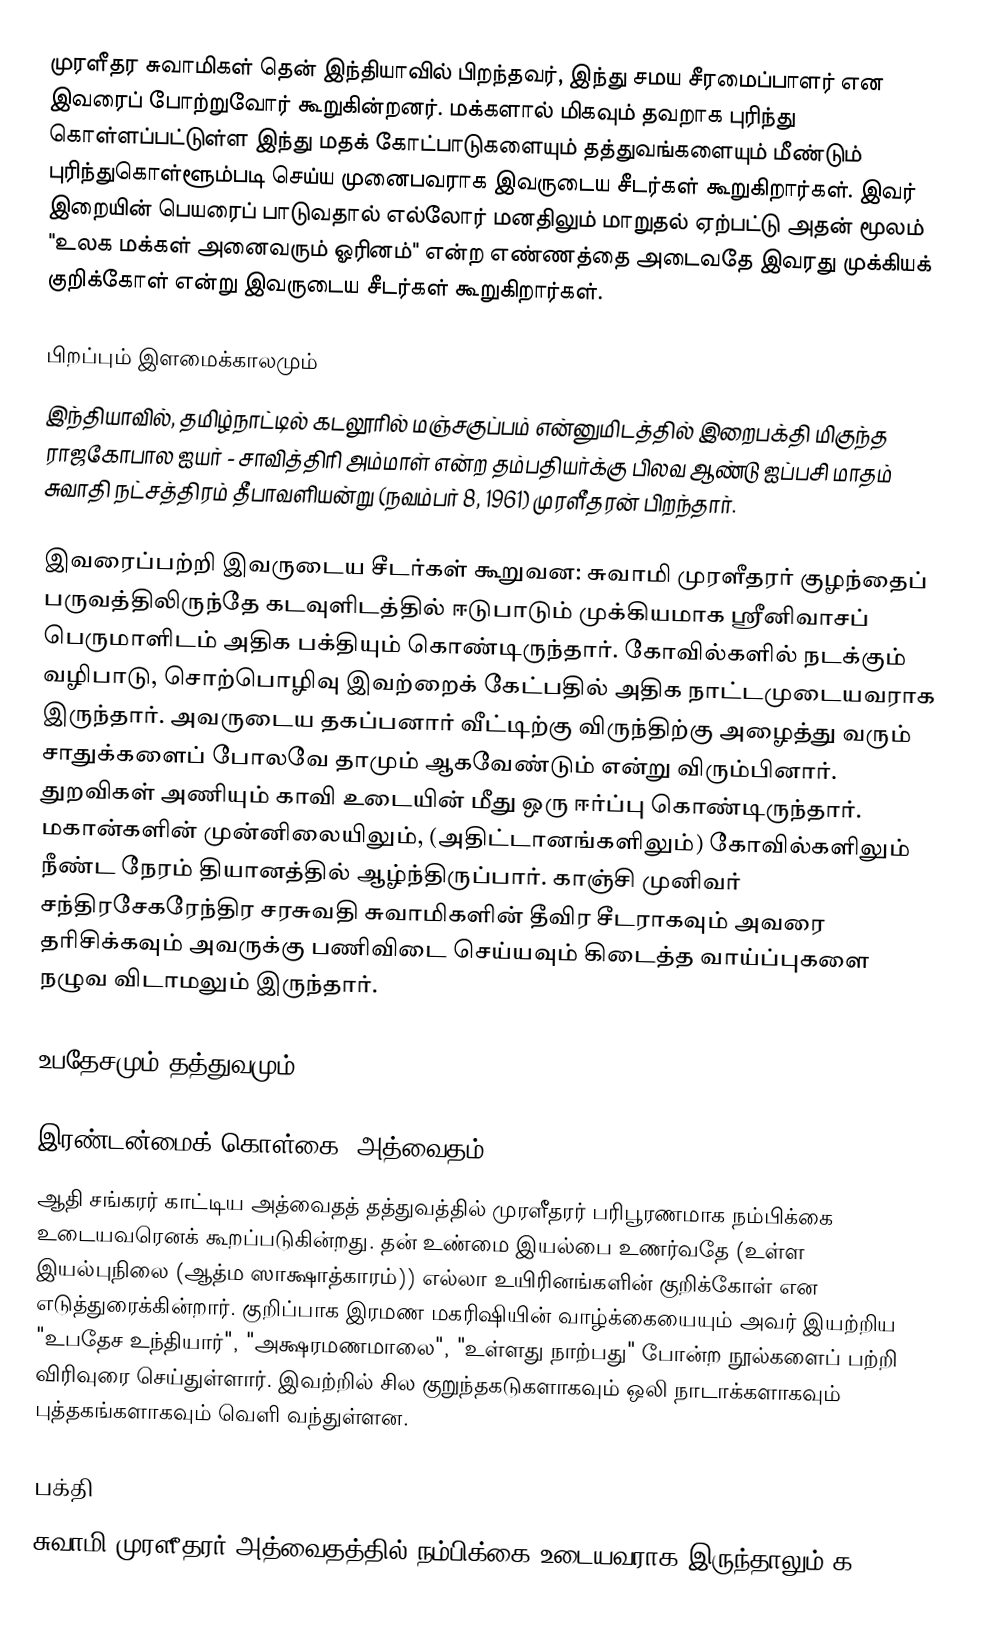
முரளீதர சுவாமிகள் தென் இந்தியாவில் பிறந்தவர், இந்து சமய சீரமைப்பாளர் என இவரைப் போற்றுவோர் கூறுகின்றனர். மக்களால் மிகவும் தவறாக புரிந்து கொள்ளப்பட்டுள்ள இந்து மதக் கோட்பாடுகளையும் தத்துவங்களையும் மீண்டும் புரிந்துகொள்ளூம்படி செய்ய முனைபவராக இவருடைய சீடர்கள் கூறுகிறார்கள். இவர் இறையின் பெயரைப் பாடுவதால் எல்லோர் மனதிலும் மாறுதல் ஏற்பட்டு அதன் மூலம் "உலக மக்கள் அனைவரும் ஓரினம்" என்ற எண்ணத்தை அடைவதே இவரது முக்கியக் குறிக்கோள் என்று இவருடைய சீடர்கள் கூறுகிறார்கள்.

பிறப்பும் இளமைக்காலமும்
இந்தியாவில், தமிழ்நாட்டில் கடலூரில் மஞ்சகுப்பம் என்னுமிடத்தில் இறைபக்தி மிகுந்த ராஜகோபால ஐயர் - சாவித்திரி அம்மாள் என்ற தம்பதியர்க்கு பிலவ ஆண்டு ஐப்பசி மாதம் சுவாதி நட்சத்திரம் தீபாவளியன்று (நவம்பர் 8, 1961) முரளீதரன் பிறந்தார்.

இவரைப்பற்றி இவருடைய சீடர்கள் கூறுவன: சுவாமி முரளீதரர் குழந்தைப் பருவத்திலிருந்தே கடவுளிடத்தில் ஈடுபாடும் முக்கியமாக ஸ்ரீனிவாசப் பெருமாளிடம் அதிக பக்தியும் கொண்டிருந்தார்.  கோவில்களில் நடக்கும் வழிபாடு, சொற்பொழிவு இவற்றைக் கேட்பதில் அதிக நாட்டமுடையவராக இருந்தார்.  அவருடைய தகப்பனார் வீட்டிற்கு விருந்திற்கு அழைத்து வரும் சாதுக்களைப் போலவே தாமும் ஆகவேண்டும் என்று விரும்பினார்.  துறவிகள் அணியும் காவி உடையின் மீது ஒரு ஈர்ப்பு கொண்டிருந்தார். மகான்களின் முன்னிலையிலும், (அதிட்டானங்களிலும்) கோவில்களிலும் நீண்ட நேரம் தியானத்தில் ஆழ்ந்திருப்பார். காஞ்சி முனிவர் சந்திரசேகரேந்திர சரசுவதி சுவாமிகளின் தீவிர சீடராகவும் அவரை தரிசிக்கவும் அவருக்கு பணிவிடை செய்யவும் கிடைத்த வாய்ப்புகளை நழுவ விடாமலும் இருந்தார்.

உபதேசமும் தத்துவமும்

இரண்டன்மைக் கொள்கை (அத்வைதம்)
ஆதி சங்கரர் காட்டிய அத்வைதத் தத்துவத்தில்  முரளீதரர் பரிபூரணமாக நம்பிக்கை உடையவரெனக் கூறப்படுகின்றது.  தன் உண்மை இயல்பை உணர்வதே (உள்ள இயல்புநிலை (ஆத்ம ஸாக்ஷாத்காரம்)) எல்லா உயிரினங்களின் குறிக்கோள் என எடுத்துரைக்கின்றார்.  குறிப்பாக இரமண மகரிஷியின் வாழ்க்கையையும் அவர் இயற்றிய "உபதேச உந்தியார்", "அக்ஷரமணமாலை", "உள்ளது நாற்பது" போன்ற நூல்களைப் பற்றி விரிவுரை செய்துள்ளார்.  இவற்றில் சில குறுந்தகடுகளாகவும் ஒலி நாடாக்களாகவும் புத்தகங்களாகவும் வெளி வந்துள்ளன.

பக்தி
சுவாமி முரளீதரர் அத்வைதத்தில் நம்பிக்கை உடையவராக இருந்தாலும் க